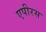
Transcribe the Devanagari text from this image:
एपीरस